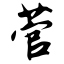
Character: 菅